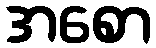
အစော